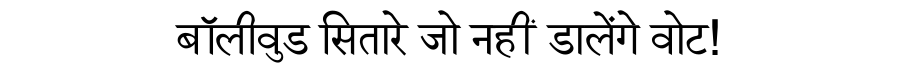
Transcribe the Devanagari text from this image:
बॉलीवुड सितारे जो नहीं डालेंगे वोट!